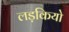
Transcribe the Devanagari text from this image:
लड़कियो